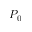
P _ { 0 }